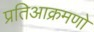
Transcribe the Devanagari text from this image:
प्रतिआक्रमणो